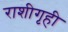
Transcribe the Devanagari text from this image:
राशीगृही